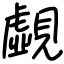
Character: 覷